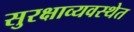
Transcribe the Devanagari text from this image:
सुरक्षाव्यवस्थेत